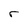
Character: r